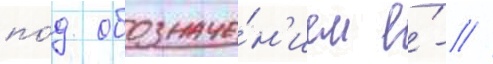
по́д обозначе́н'ием е́- //